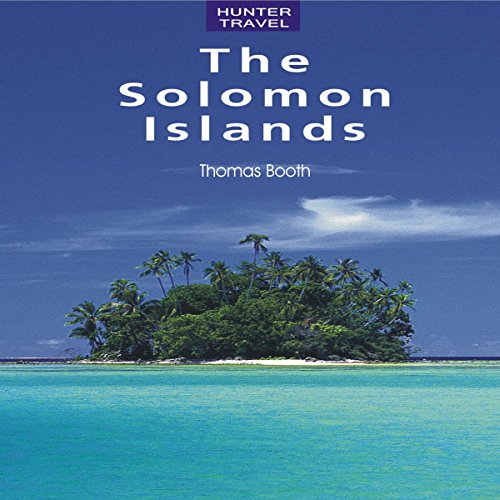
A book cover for The Solomon Islands: Travel Adventures; Thomas Booth; Travel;